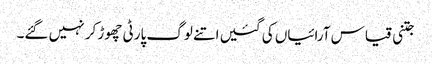
جتنی قیاس آرائیاں کی گئیں اتنے لوگ پارٹی چھوڑ کر نہیں گئے۔